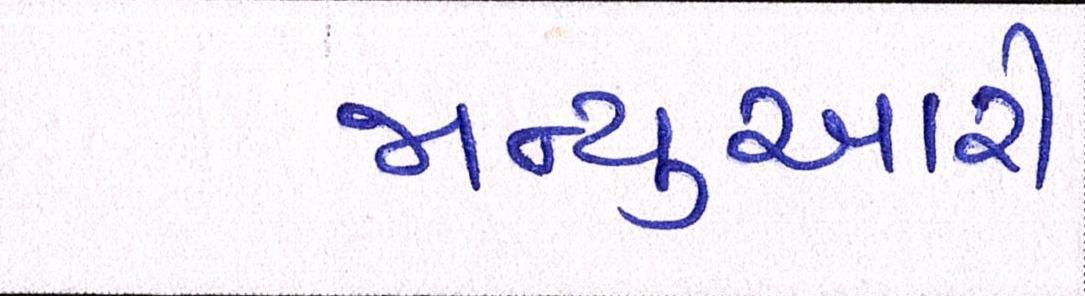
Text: જાન્યુઆરી